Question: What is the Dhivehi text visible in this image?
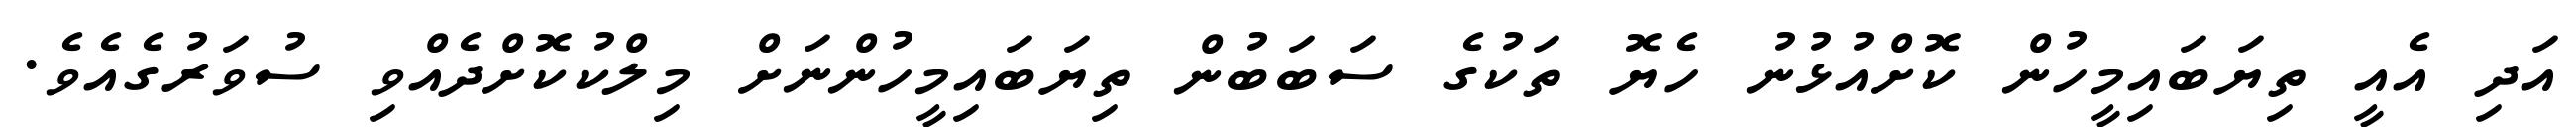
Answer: އަދި އެއީ ތިޔަބައިމީހުން ކޮށްއުޅުނު ހެޔޮ ތަކުގެ ސަބަބުން ތިޔަބައިމީހުންނަށް މިލްކުކޮށްދެއްވި ސުވަރުގެއެވެ.